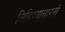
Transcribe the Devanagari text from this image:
लिहिण्यासारखे